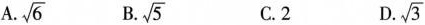
A. \sqrt{6} B. \sqrt{5} C.2 D. \sqrt{3}